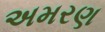
અમરણ